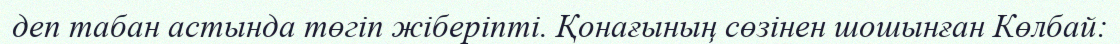
деп табан астында төгіп жіберіпті. Қонағының сөзінен шошынған Көлбай: